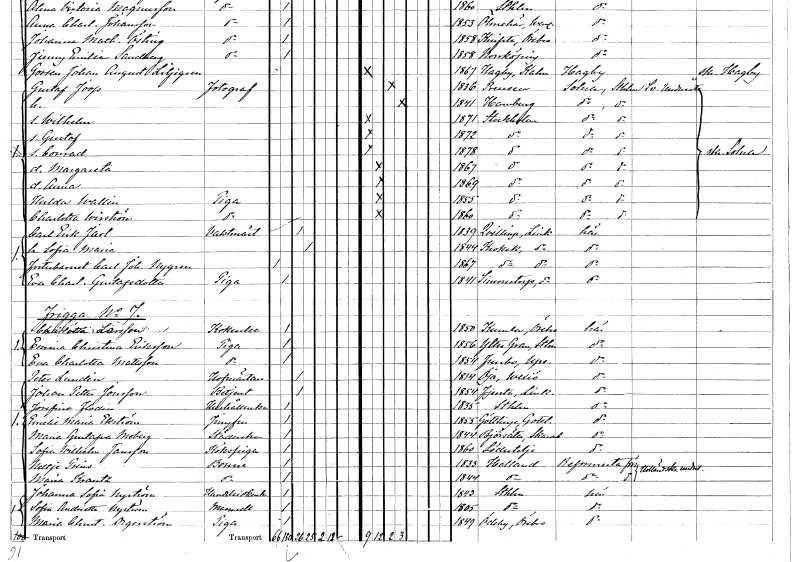
gt_parse: households: individuals: FN: Gustaf
EN: Joop
YRKE: Fotograf
KON: M
CIV: G
FODAR: 1836
KON: K
CIV: G
FODAR: 1841
FN: Wilhelm
KON: M
CIV: O
FODAR: 1871
FODFORS: Stockholm
FN: Gustaf
KON: M
CIV: O
FODAR: 1872
FODFORS: Stockholm
FN: Conrad
KON: M
CIV: O
FODAR: 1878
FODFORS: Stockholm
FN: Margareta
KON: K
CIV: O
FODAR: 1867
FODFORS: Stockholm
FN: Anna
KON: K
CIV: O
FODAR: 1869
FODFORS: Stockholm
FN: Hulda
EN: Wallin
YRKE: Piga
KON: K
CIV: O
FODAR: 1855
FODFORS: Stockholm
FN: Charlotta
EN: Wirström
YRKE: Piga
KON: K
CIV: O
FODAR: 1860
FODFORS: Stockholm
FN: Carl Erik
EN: Jarl
YRKE: Vaktmästare
KON: M
CIV: G
FODAR: 1839
FODFORS: Kvillinge Östergötlands län
FN: Sofia Maria
KON: K
CIV: G
FODAR: 1844
FODFORS: Krokek Östergötlands län
FN: Carl Johan
EN: Nygren
KON: M
CIV: O
FODAR: 1867
FODFORS: Krokek Östergötlands län
FN: Eva Charlotta
EN: Gustafsdotter
YRKE: Piga
KON: K
CIV: O
FODAR: 1841
FODFORS: Simonstorp Östergötlands län
FN: Charlotta
EN: Larsson
YRKE: Kokerska
KON: K
CIV: O
FODAR: 1850
FODFORS: Kumla Örebro län
FN: Emma Christina
EN: Eriksson
YRKE: Piga
KON: K
CIV: O
FODAR: 1856
FODFORS: Yttergran Uppsala län
FN: Eva Charlotta
EN: Mattsson
YRKE: Piga
KON: K
CIV: O
FODAR: 1854
FODFORS: Funbo Uppsala län
FN: Peter
EN: Lundin
YRKE: Hovmästare
KON: M
CIV: G
FODAR: 1814
FODFORS: Öja Kronobergs län
FN: Johan Petter
EN: Jonsson
YRKE: Betjänt
KON: M
CIV: G
FODAR: 1854
FODFORS: Fjersta Östergötlands län
FN: Josefina
EN: Flodin
YRKE: Hushållerska
KON: K
CIV: O
FODAR: 1835
FODFORS: Stockholm
FN: Emelie Maria
EN: Ekström
YRKE: Jungfru
KON: K
CIV: O
FODAR: 1855
FODFORS: Grötlingbo Gotlands län
FN: Maria Gustafva
EN: Moberg
YRKE: Städerska
KON: K
CIV: O
FODAR: 1844
FODFORS: Björsäter Skaraborgs län
FN: Sofia Wilhelmina
EN: Jansson
YRKE: Kökspiga
KON: K
CIV: O
FODAR: 1860
FODFORS: Södertälje Stockholms län
FN: Neltje
EN: Prins
YRKE: Boune
KON: K
CIV: O
FODAR: 1833
FN: Maria
EN: Krantz
YRKE: Boune
KON: K
CIV: O
FODAR: 1844
FN: Johanna Sofia
EN: Nyström
YRKE: Handelsidkerska
KON: K
CIV: O
FODAR: 1843
FODFORS: Stockholm
FN: Sofia Andrietta
EN: Nyström
KON: K
CIV: O
FODAR: 1805
FODFORS: Stockholm
FN: Maria Christina
EN: Degerström
YRKE: Piga
KON: K
CIV: O
FODAR: 1849
FODFORS: Ödeby Örebro län